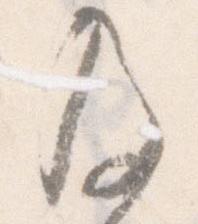
及